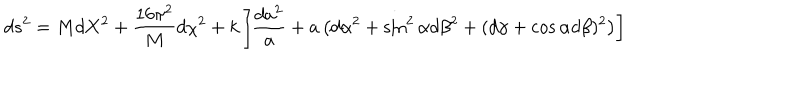
LaTeX: d s ^ { 2 } = M d { \bf X } ^ { 2 } + { \frac { 1 6 \pi ^ { 2 } } { M } } d \chi ^ { 2 } + k \left[ { \frac { d a ^ { 2 } } { a } } + a \left( d \alpha ^ { 2 } + \sin ^ { 2 } \alpha d \beta ^ { 2 } + ( d \gamma + \cos \alpha d \beta ) ^ { 2 } \right) \right]